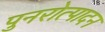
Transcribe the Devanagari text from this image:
पुनरोत्पादन